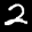
Label: 2